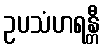
ဥပသံဟရန္တီ